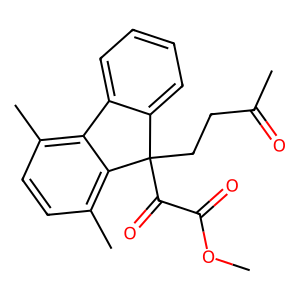
SMILES: COC(=O)C(=O)C1(CCC(C)=O)c2ccccc2-c2c(C)ccc(C)c21
Inhibits HIV replication: No